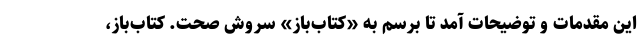
این مقدمات و توضیحات آمد تا برسم به «کتاب‌‌باز» سروش صحت. کتاب‌باز،